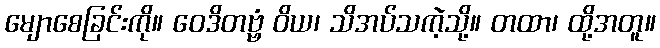
မျောစေခြင်းကို။ ဝေဒိတဗ္ဗံ ဝိယ၊ သိအပ်သကဲ့သို့။ တထာ၊ ထို့အတူ။